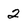
Character: 2